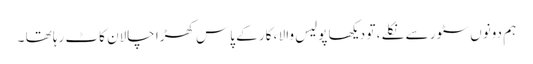
ہم دونوں سٹور سے نکلے ، تو دیکھا پولیس والا ، کار کے پاس کھڑا چالان کاٹ رہا تھا ۔